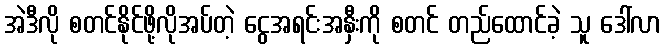
အဲဒီလို စတင်နိုင်ဖို့လိုအပ်တဲ့ ငွေအရင်းအနှီးကို စတင် တည်ထောင်ခဲ့ သူ ဒေါ်လာ